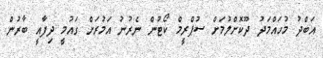
އަބްދު މުހައްމަދު ދޫކޮށްލުމަށް ސުޕްރީމް ކޯޓުން ނެރުނު އަމުރަށް ގައުމީ ދިފާއީ ބާރުން